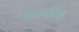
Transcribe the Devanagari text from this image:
फार्नहैम